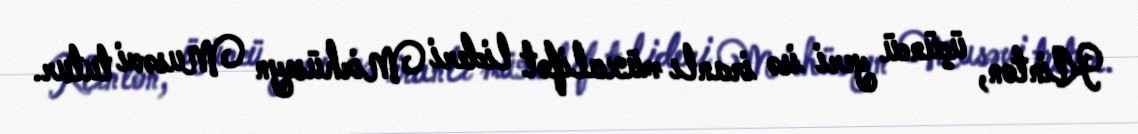
Klinton, üçüncü yeri isə iranlı müxalifət lideri Mirhüseyn Musəvi tutur.